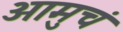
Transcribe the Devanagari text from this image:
आमुचं